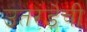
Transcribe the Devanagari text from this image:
उतरंडेची